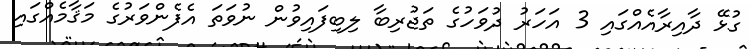
ގުޅޭ ދާއިރާއެއްގައި 3 އަހަރު ދުވަހުގެ ތަޖުރިބާ ލިބިފައިވުން ނުވަތަ އެފެންވަރުގެ މަޤާމެއްގައި